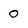
Character: 0